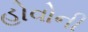
હોવોની